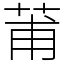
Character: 莆